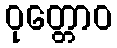
ဝုတ္တောဝ